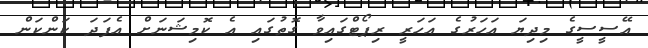
އޭސީސީގެ މިދިޔަ އަހަރުގެ އަހަރީ ރިޕޯޓްގައިވާ ގޮތުގައި އެ ކޮމިޝަނަށް އެފަދަ ކަންކަން